Civil Veterinary Department. United Provinces 1912-22 - 1912-1922
Year: 1912
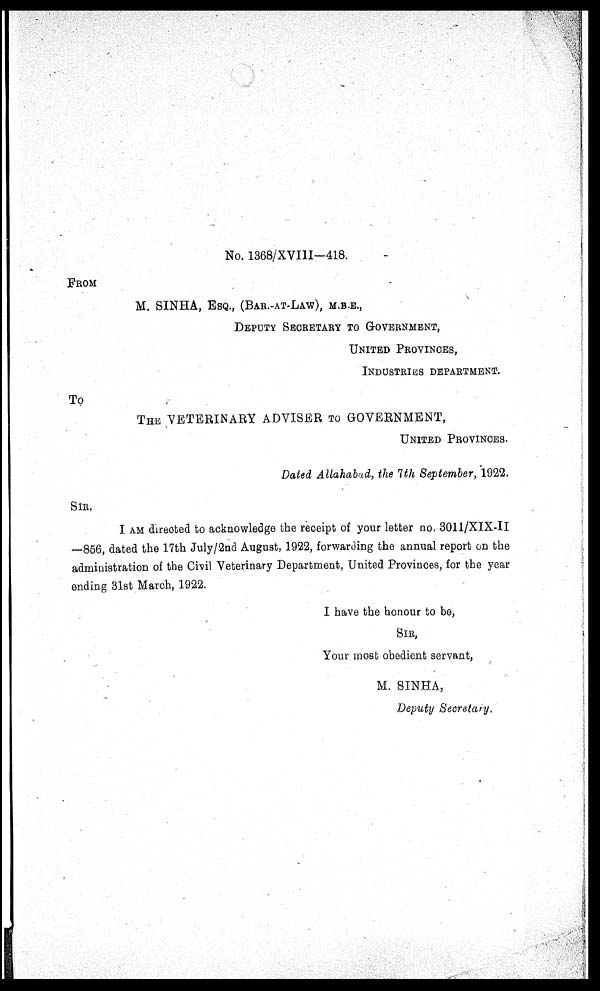
No. 1368/XVI1I—418.
FROM
M. SINHA, ESQ., (BAR.-AT-LAW), M.B.E.,
DEPUTY SECRETARY TO G-OVERNMENT,
UNITED PROVINCES,
INDUSTRIES DEPARTMENT.
To
THE VETERINARY ADVISER TO GOVERNMENT,
UNITED PROVINCES.
Dated Allahabad, the 1th September, 1922.
SIR.
I AM directed to acknowledge the receipt of your letter no. 3011/XIX-II
—856, dated the 17th July/2nd August, 1922, forwarding the annual report on the
administration of the Civil Veterinary Department, United Provinces, for the year
ending 31st March, 1922.
I have the honour to be,
SIR,
Your most obedient servant,
M. SINHA,
Deputy Secretary.